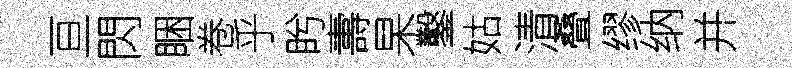
亘閃睏卷乎盻夀杲鑿姑清叠缪纳并